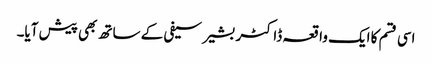
اسی قسم کا ایک واقعہ ڈاکٹر بشیر سیفی کے ساتھ بھی پیش آیا۔